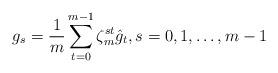
LaTeX: \begin{align*}g_s=\frac{1}{m}\sum\limits_{t=0}^{m-1}\zeta_m^{st}\hat{g}_t,s=0,1,\dots,m-1\end{align*}